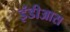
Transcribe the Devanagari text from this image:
इंडीआस